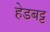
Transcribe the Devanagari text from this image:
हेडबट्ट